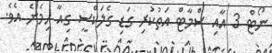
ނޯޓް 3 އާއި ސްމާޓް އަތުކުރި ގަޑި ގެލަކްސީ ގިއާ ހިމެނެ އެވެ.